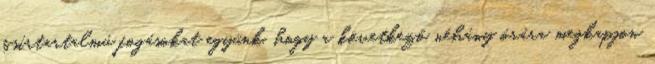
zsírtartalmú fogásokat együnk, hogy a következő néhány órára megkapjon